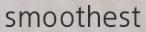
smoothest